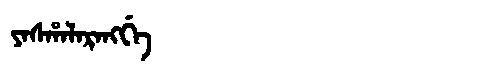
Manchu: ᠶᠠᠰᡥᠠᠯᠠᡵᠠᠩᡤᡝ
Romanization: YASHALARANGGE